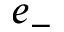
e _ { - }